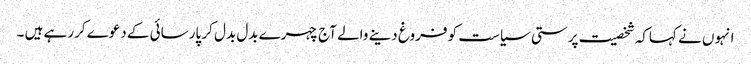
انہوں نے کہاکہ شخصیت پرستی سیاست کو فروغ دینے والے آج چہرے بدل بدل کر پارسائی کے دعوے کررہے ہیں ۔